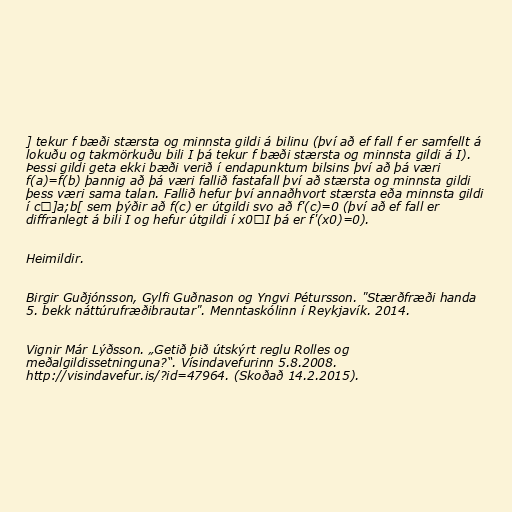
] tekur f bæði stærsta og minnsta gildi á bilinu (því að ef fall f er samfellt á
lokuðu og takmörkuðu bili I þá tekur f bæði stærsta og minnsta gildi á I).
Þessi gildi geta ekki bæði verið í endapunktum bilsins því að þá væri
f(a)=f(b) þannig að þá væri fallið fastafall því að stærsta og minnsta gildi
þess væri sama talan. Fallið hefur því annaðhvort stærsta eða minnsta gildi
í c∈]a;b[ sem þýðir að f(c) er útgildi svo að f'(c)=0 (því að ef fall er
diffranlegt á bili I og hefur útgildi í x0∈I þá er f'(x0)=0).

Heimildir.

Birgir Guðjónsson, Gylfi Guðnason og Yngvi Pétursson. "Stærðfræði handa
5. bekk náttúrufræðibrautar". Menntaskólinn í Reykjavík. 2014.

Vignir Már Lýðsson. „Getið þið útskýrt reglu Rolles og
meðalgildissetninguna?“. Vísindavefurinn 5.8.2008.
http://visindavefur.is/?id=47964. (Skoðað 14.2.2015).